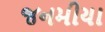
જનમીયા